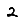
Digit: 2